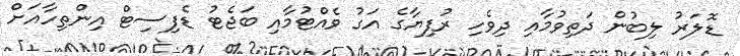
ޑޮލަރު ލިބުން ދަތިވުމާއި ދިވެހި ރުފިޔާގެ އަގު ވެއްޓުމާއި ބަޖެޓު ޑެފިސިޓް އިންތިހާއަށް